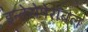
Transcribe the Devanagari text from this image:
इन्तेरोपेराबल